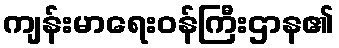
ကျန်းမာရေးဝန်ကြီးဌာန၏